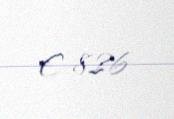
€ 826